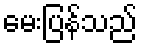
မေးပြန်သည်